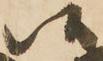
候